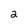
Character: 2